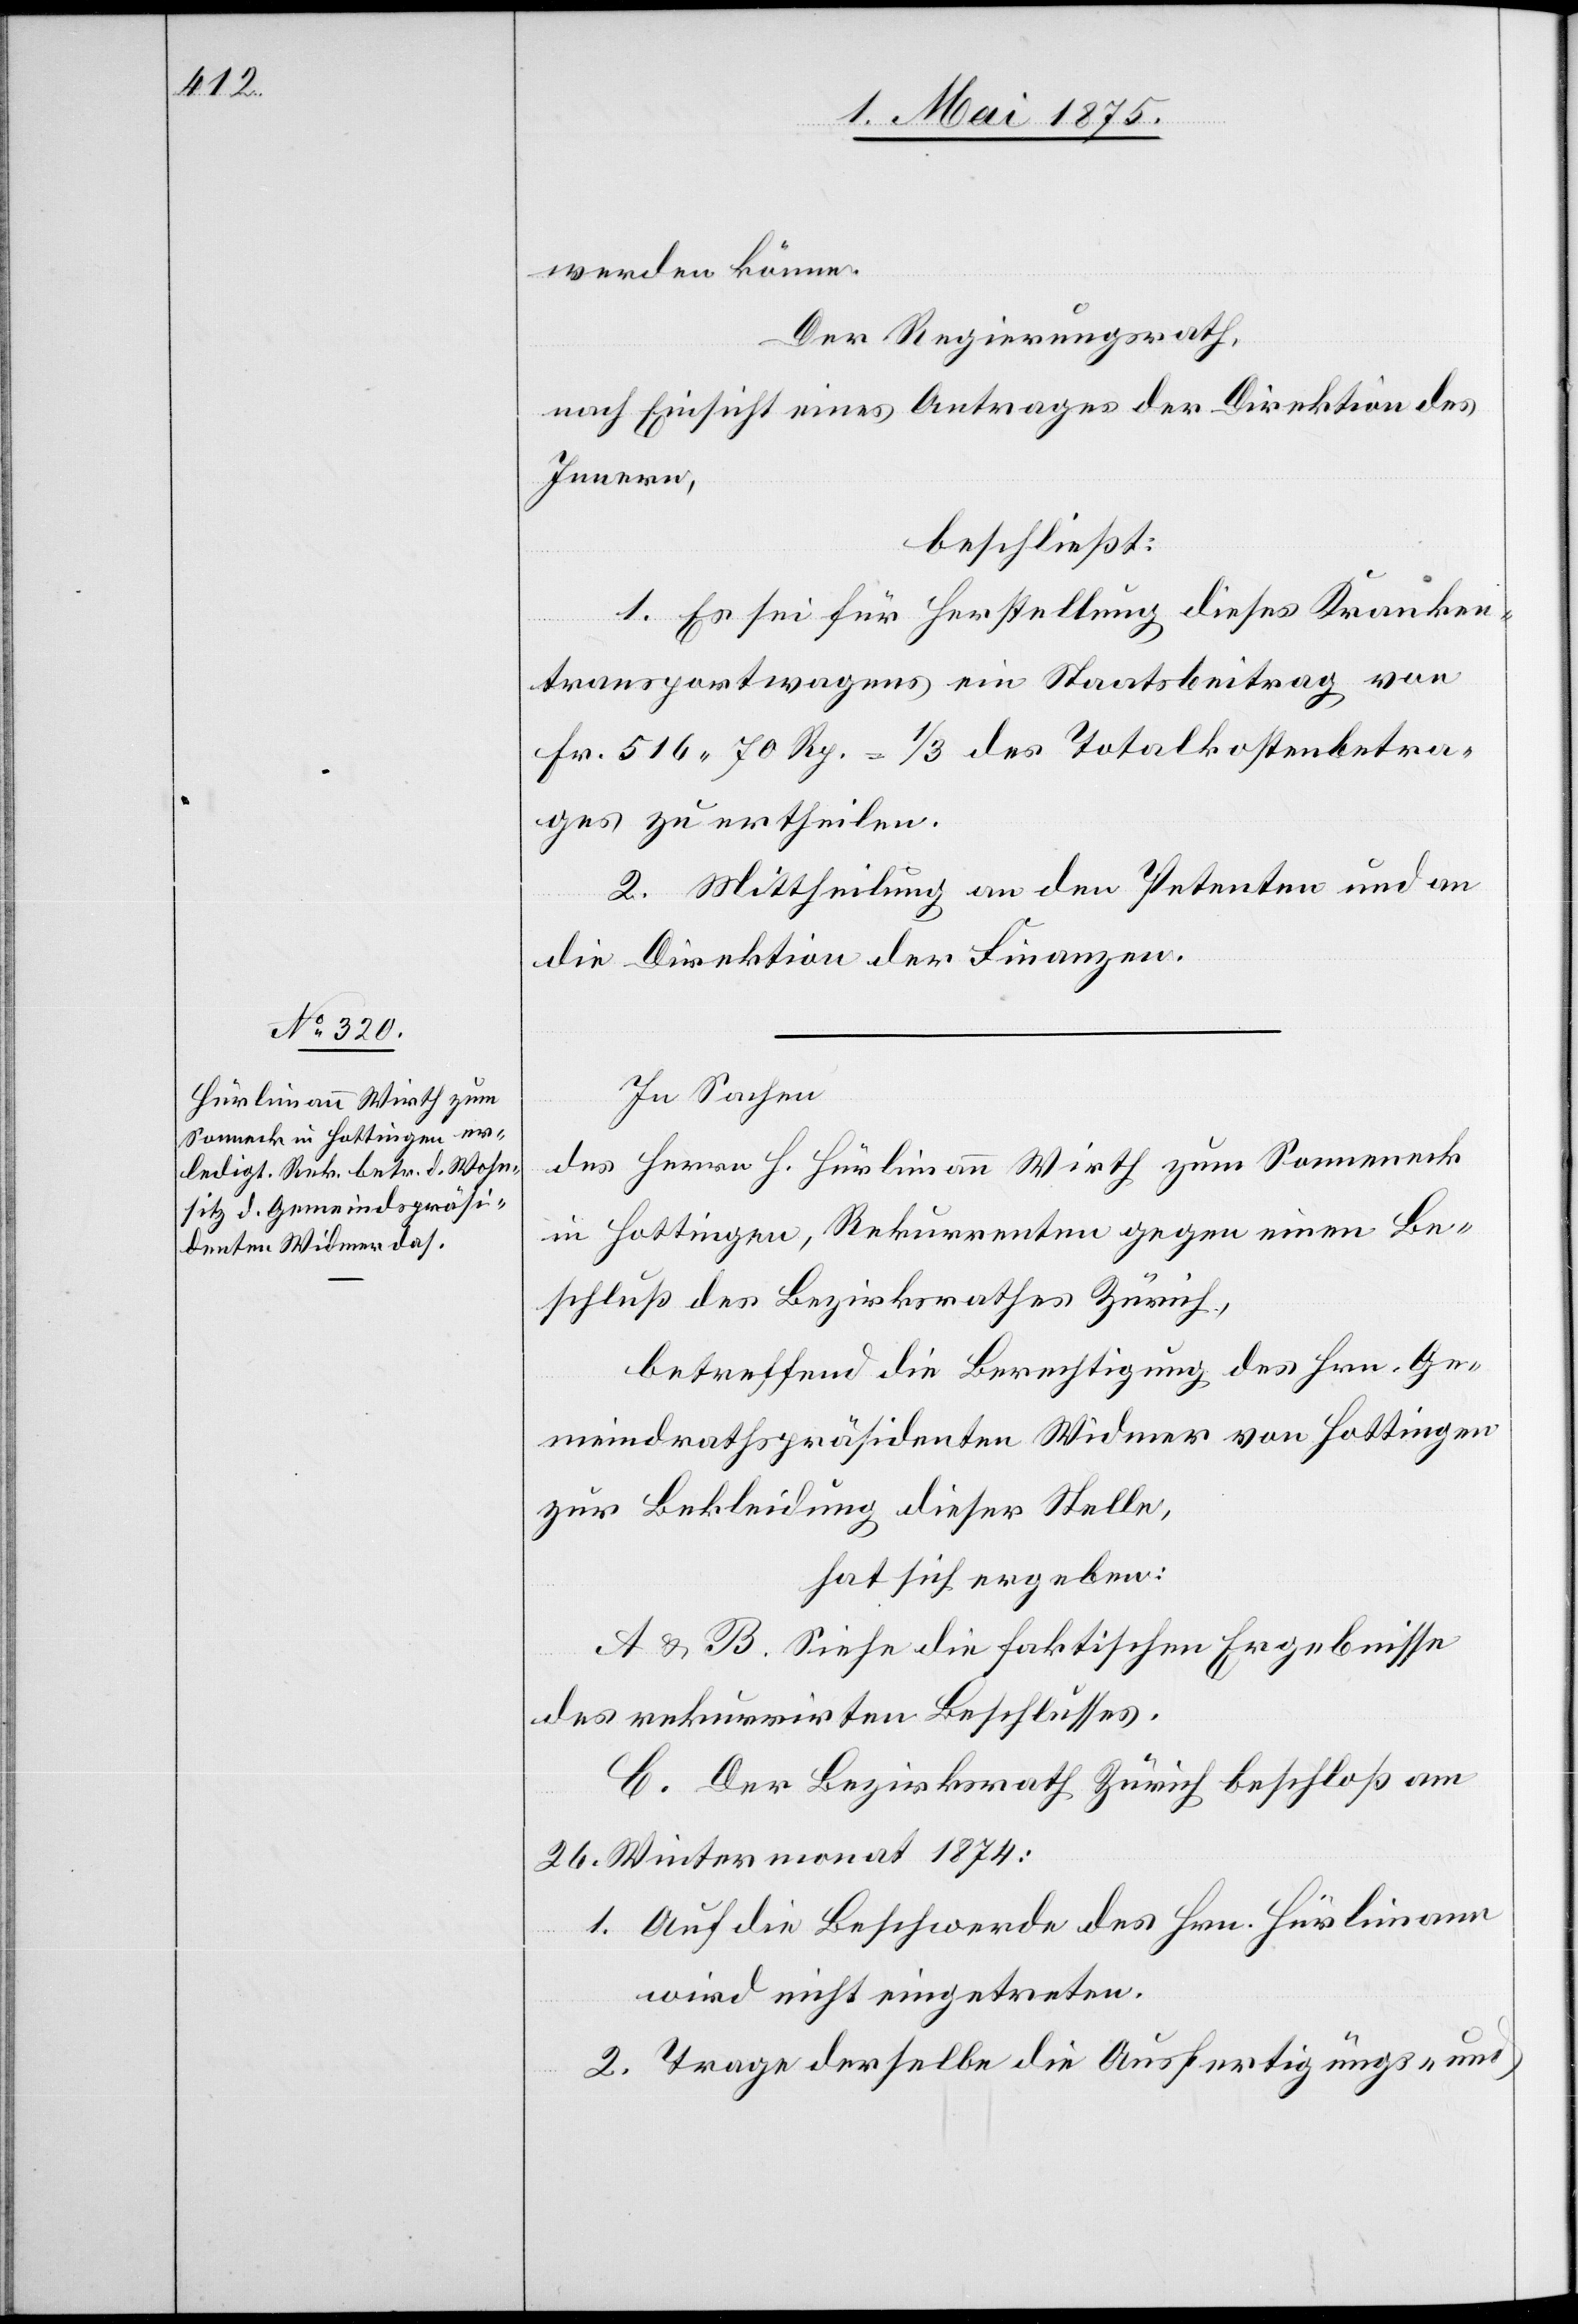
werden könne.
Der Regierungsrath,
nach Einsicht eines Antrages der Direktion des
Innern,
beschließt:
1. Es sei für Herstellung dieses Kranken¬
transportwagens ein Staatsbeitrages von
Fr. 516 70 Rp. = 1/3 des Totalkostenbetra¬
ges zu ertheilen.
2. Mittheilung an den Petenten und an
die Direktion der Finanzen.
In Sachen
des Herrn H. Hürlimann Wirth zum Sonneneck
in Hottingen Rekurrenten gegen einen Be¬
schluß des Bezirksrathes Zürich,
betreffend die Berechtigung des Hrn. Ge¬
meindrathspräsidenten Widmer von Hottingen
zur Bekleidung dieser Stelle,
hat sich ergeben:
A & B. Siehe die faktischen Ergebnisse
des rekurrirten Beschlusses.
C. Der Bezirksrath Zürich beschloß am
26. Wintermonat 1874:
1. Auf die Beschwerde des Hrn. Hürlimann
wird nicht eingetreten.
2. Trage derselbe die Ausfertigungs- und